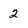
Character: 2